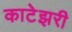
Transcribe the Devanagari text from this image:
काटेझरी